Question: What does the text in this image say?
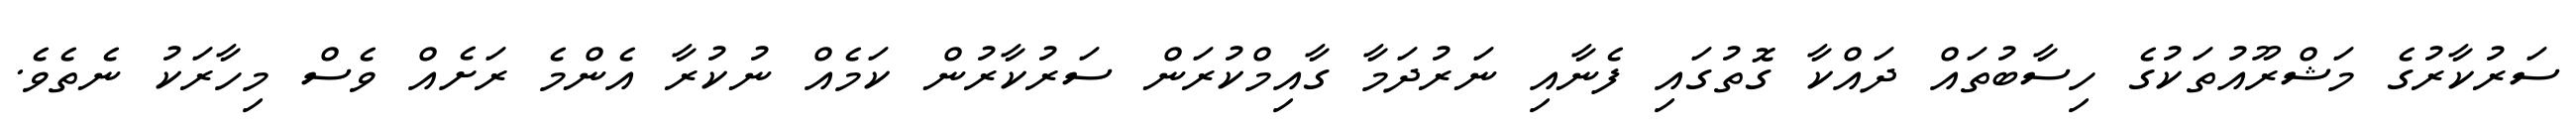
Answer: ސަރުކާރުގެ މަޝްރޫއުތަކުގެ ހިސާބުތައް ދައްކާ ގޮތުގައި ފެނާއި ނަރުދަމާ ގާއިމްކުރަން ސަރުކާރުން ކަމެއް ނުކުރާ އެންމެ ރަށެއް ވެސް މިހާރަކު ނެތެވެ.